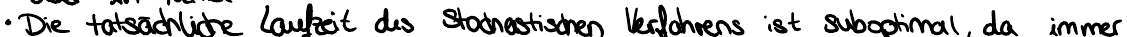
Die tatsächliche Laufzeit des stochastischen Verfahrens ist suboptimal, da immer